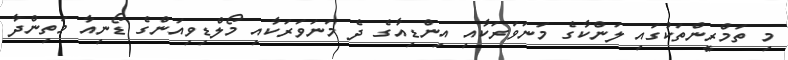
މި ތަމްރީންތަކުގައި ލަންކާގެ މަނަވަރަކާއި އިންޑިއާގެ ދެ މަނަވަރަކާއި މޯލްޑިވިއަންގެ ޑޯނިއާ މަތިންދާ